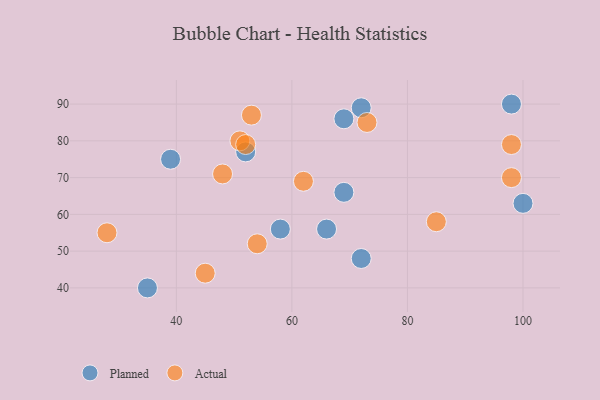
{"axis": {"x": "GDP", "y": "Life Expectancy"}, "legend": ["Actual", "Planned"], "data": [{"x": "72", "y": 89, "type": "Planned"}, {"x": "72", "y": 48, "type": "Planned"}, {"x": "39", "y": 75, "type": "Planned"}, {"x": "35", "y": 40, "type": "Planned"}, {"x": "69", "y": 66, "type": "Planned"}, {"x": "52", "y": 77, "type": "Planned"}, {"x": "98", "y": 90, "type": "Planned"}, {"x": "69", "y": 86, "type": "Planned"}, {"x": "58", "y": 56, "type": "Planned"}, {"x": "66", "y": 56, "type": "Planned"}, {"x": "100", "y": 63, "type": "Planned"}, {"x": "45", "y": 44, "type": "Actual"}, {"x": "85", "y": 58, "type": "Actual"}, {"x": "48", "y": 71, "type": "Actual"}, {"x": "98", "y": 70, "type": "Actual"}, {"x": "53", "y": 87, "type": "Actual"}, {"x": "28", "y": 55, "type": "Actual"}, {"x": "51", "y": 80, "type": "Actual"}, {"x": "98", "y": 79, "type": "Actual"}, {"x": "62", "y": 69, "type": "Actual"}, {"x": "73", "y": 85, "type": "Actual"}, {"x": "54", "y": 52, "type": "Actual"}, {"x": "52", "y": 79, "type": "Actual"}]}